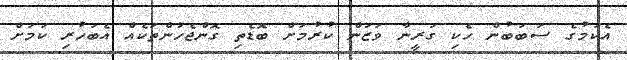
އެކަމުގެ ސަބަބުން ހެކި ގަރީނާ ވަޒަން ކުރުމަށް ބޮޑެތި ގޮންޖެހުންތަކެއް އެބަހުރި ކަމަށް